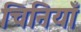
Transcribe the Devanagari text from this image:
चिनियाँ